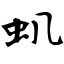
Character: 虮